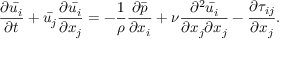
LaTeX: { \frac { \partial { \bar { u _ { i } } } } { \partial t } } + { \bar { u _ { j } } } { \frac { \partial { \bar { u _ { i } } } } { \partial x _ { j } } } = - { \frac { 1 } { \rho } } { \frac { \partial { \bar { p } } } { \partial x _ { i } } } + \nu { \frac { \partial ^ { 2 } { \bar { u _ { i } } } } { \partial x _ { j } \partial x _ { j } } } - { \frac { \partial \tau _ { i j } } { \partial x _ { j } } } .